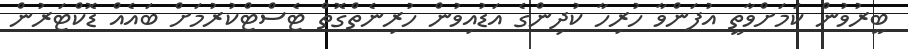
ބީރުވުން ކަމަށްވާތީ އުފަންވާ ހުރިހާ ކުދިންގެ އަޑުއިވުން ހުރިނެތްގޮތް ޓެސްޓްކުރުމަށް ބައެއް ޑޮކްޓަރުން